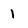
Character: 1